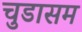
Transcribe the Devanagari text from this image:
चुडासम